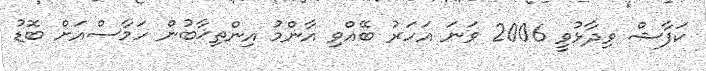
ކަފާޝް ވިދާޅުވީ 2006 ވަނަ އަހަރު ބޭއްވި އާންމު އިންތިޚާބުން ހަމާސްއަށް ބޮޑު